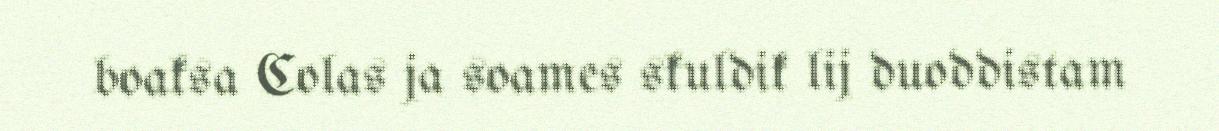
boaksa Colas ja soames skuldik lij duoddistam